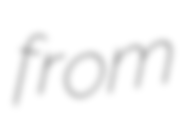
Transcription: from